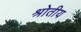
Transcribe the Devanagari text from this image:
श्रोतीय